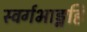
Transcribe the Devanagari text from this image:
स्वर्गभाङ्नहि